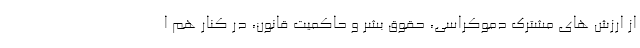
از ارزش های مشترک دموکراسی، حقوق بشر و حاکمیت قانون، در کنار هم ا